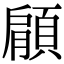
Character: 顅